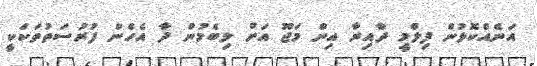
އަނެއްކޮޅުން ފިލްމީ ދާއިރާ އިން މަޖޫ އަށް ލިބެމުން ދާ އެހެން ފުރުސަތުތަކަކީ